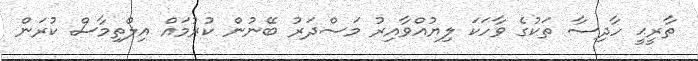
ތާރީޙީ ހާދިސާ ތަކުގެ ވާހަކަ ލިޔުއްވާއިރު މަސްދަރު ބޭނުން ކުރުމައް އިލްތިމާސް ކުރަން